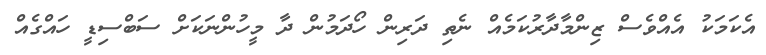
އެކަމަކު އެއްވެސް ޒިންމާދާރުކަމެއް ނެތި ދަރިން ހޯދަމުން ދާ މީހުންނަކަށް ސަބްސިޑީ ހައްގެއް